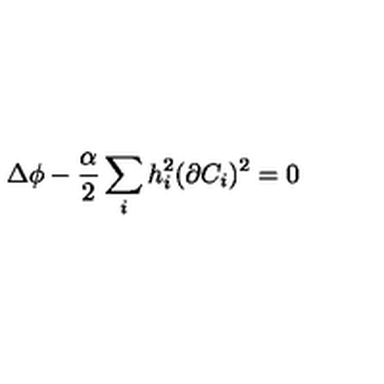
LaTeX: \Delta \phi - \frac { \alpha } { 2 } \sum _ { i } h _ { i } ^ { 2 } ( \partial C _ { i } ) ^ { 2 } = 0